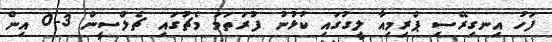
ފަހު އިނގިރޭސި ޕްރިމިއާ ލީގުގައި ކުޅުނު ފުރަތަމަ މެޗުގައި ޗެލްސީން 3-0 އިން